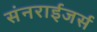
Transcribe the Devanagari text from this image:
संनराईजर्स